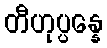
တီဟုပ္ပန္နေ